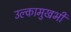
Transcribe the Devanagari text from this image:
उल्कामुखभी